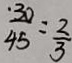
\frac { \cdot 3 0 } { 4 5 } = \frac { 2 } { 3 }